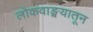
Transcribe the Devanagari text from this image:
लोकवाङ्मयातून